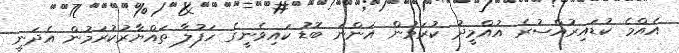
އެއްމެ ކުޑައިރުއްސުރެ އުއްމީދު ކުރަމުން އަންނަ ބޮޑު ކައިވެނީގެ ހަފުލާ ތައްޔާރުކުރަމުން އެދަނީ